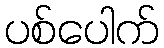
ပစ်ပေါက်